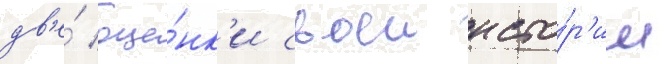
дв'е́ оце́нк'и своеи исто́р'ии